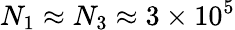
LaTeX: N_{1}\approx N_{3}\approx 3\times 10^{5}